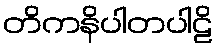
တိကနိပါတပါဠိ